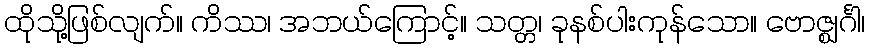
ထိုသို့ဖြစ်လျက်။ ကိဿ၊ အဘယ်ကြောင့်။ သတ္တ၊ ခုနစ်ပါးကုန်သော။ ဗောဇ္ဈင်္ဂါ၊